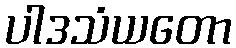
ပါဒသံယတော